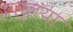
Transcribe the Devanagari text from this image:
एल्लया